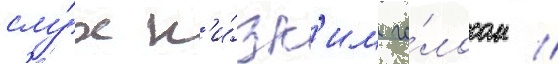
слу́х н'и́зк'им го́лосом /